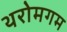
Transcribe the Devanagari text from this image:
थरोमगम